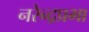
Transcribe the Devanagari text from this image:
नरेन्द्रप्रभा